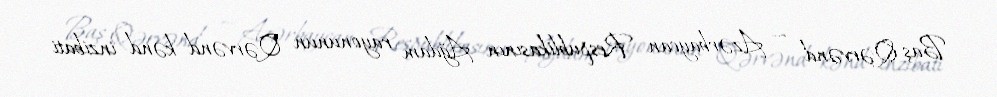
Baş Qərvənd — Azərbaycan Respublikasının Ağdam rayonunun Qərvənd kənd inzibati